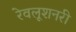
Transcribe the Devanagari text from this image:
रेवलूशनरी